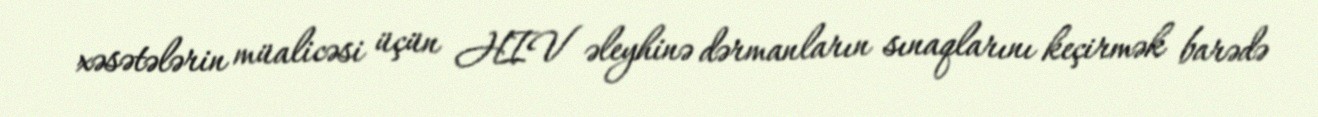
xəsətələrin müalicəsi üçün HIV əleyhinə dərmanların sınaqlarını keçirmək barədə